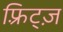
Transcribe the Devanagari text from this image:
फ़्रिट्ज़